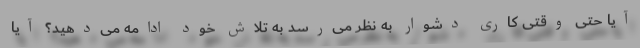
آیا حتی وقتی کاری دشوار به نظر می‌رسد به تلاش خود ادامه می‌دهید؟ آیا